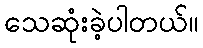
သေဆုံးခဲ့ပါတယ်။